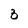
Character: 3